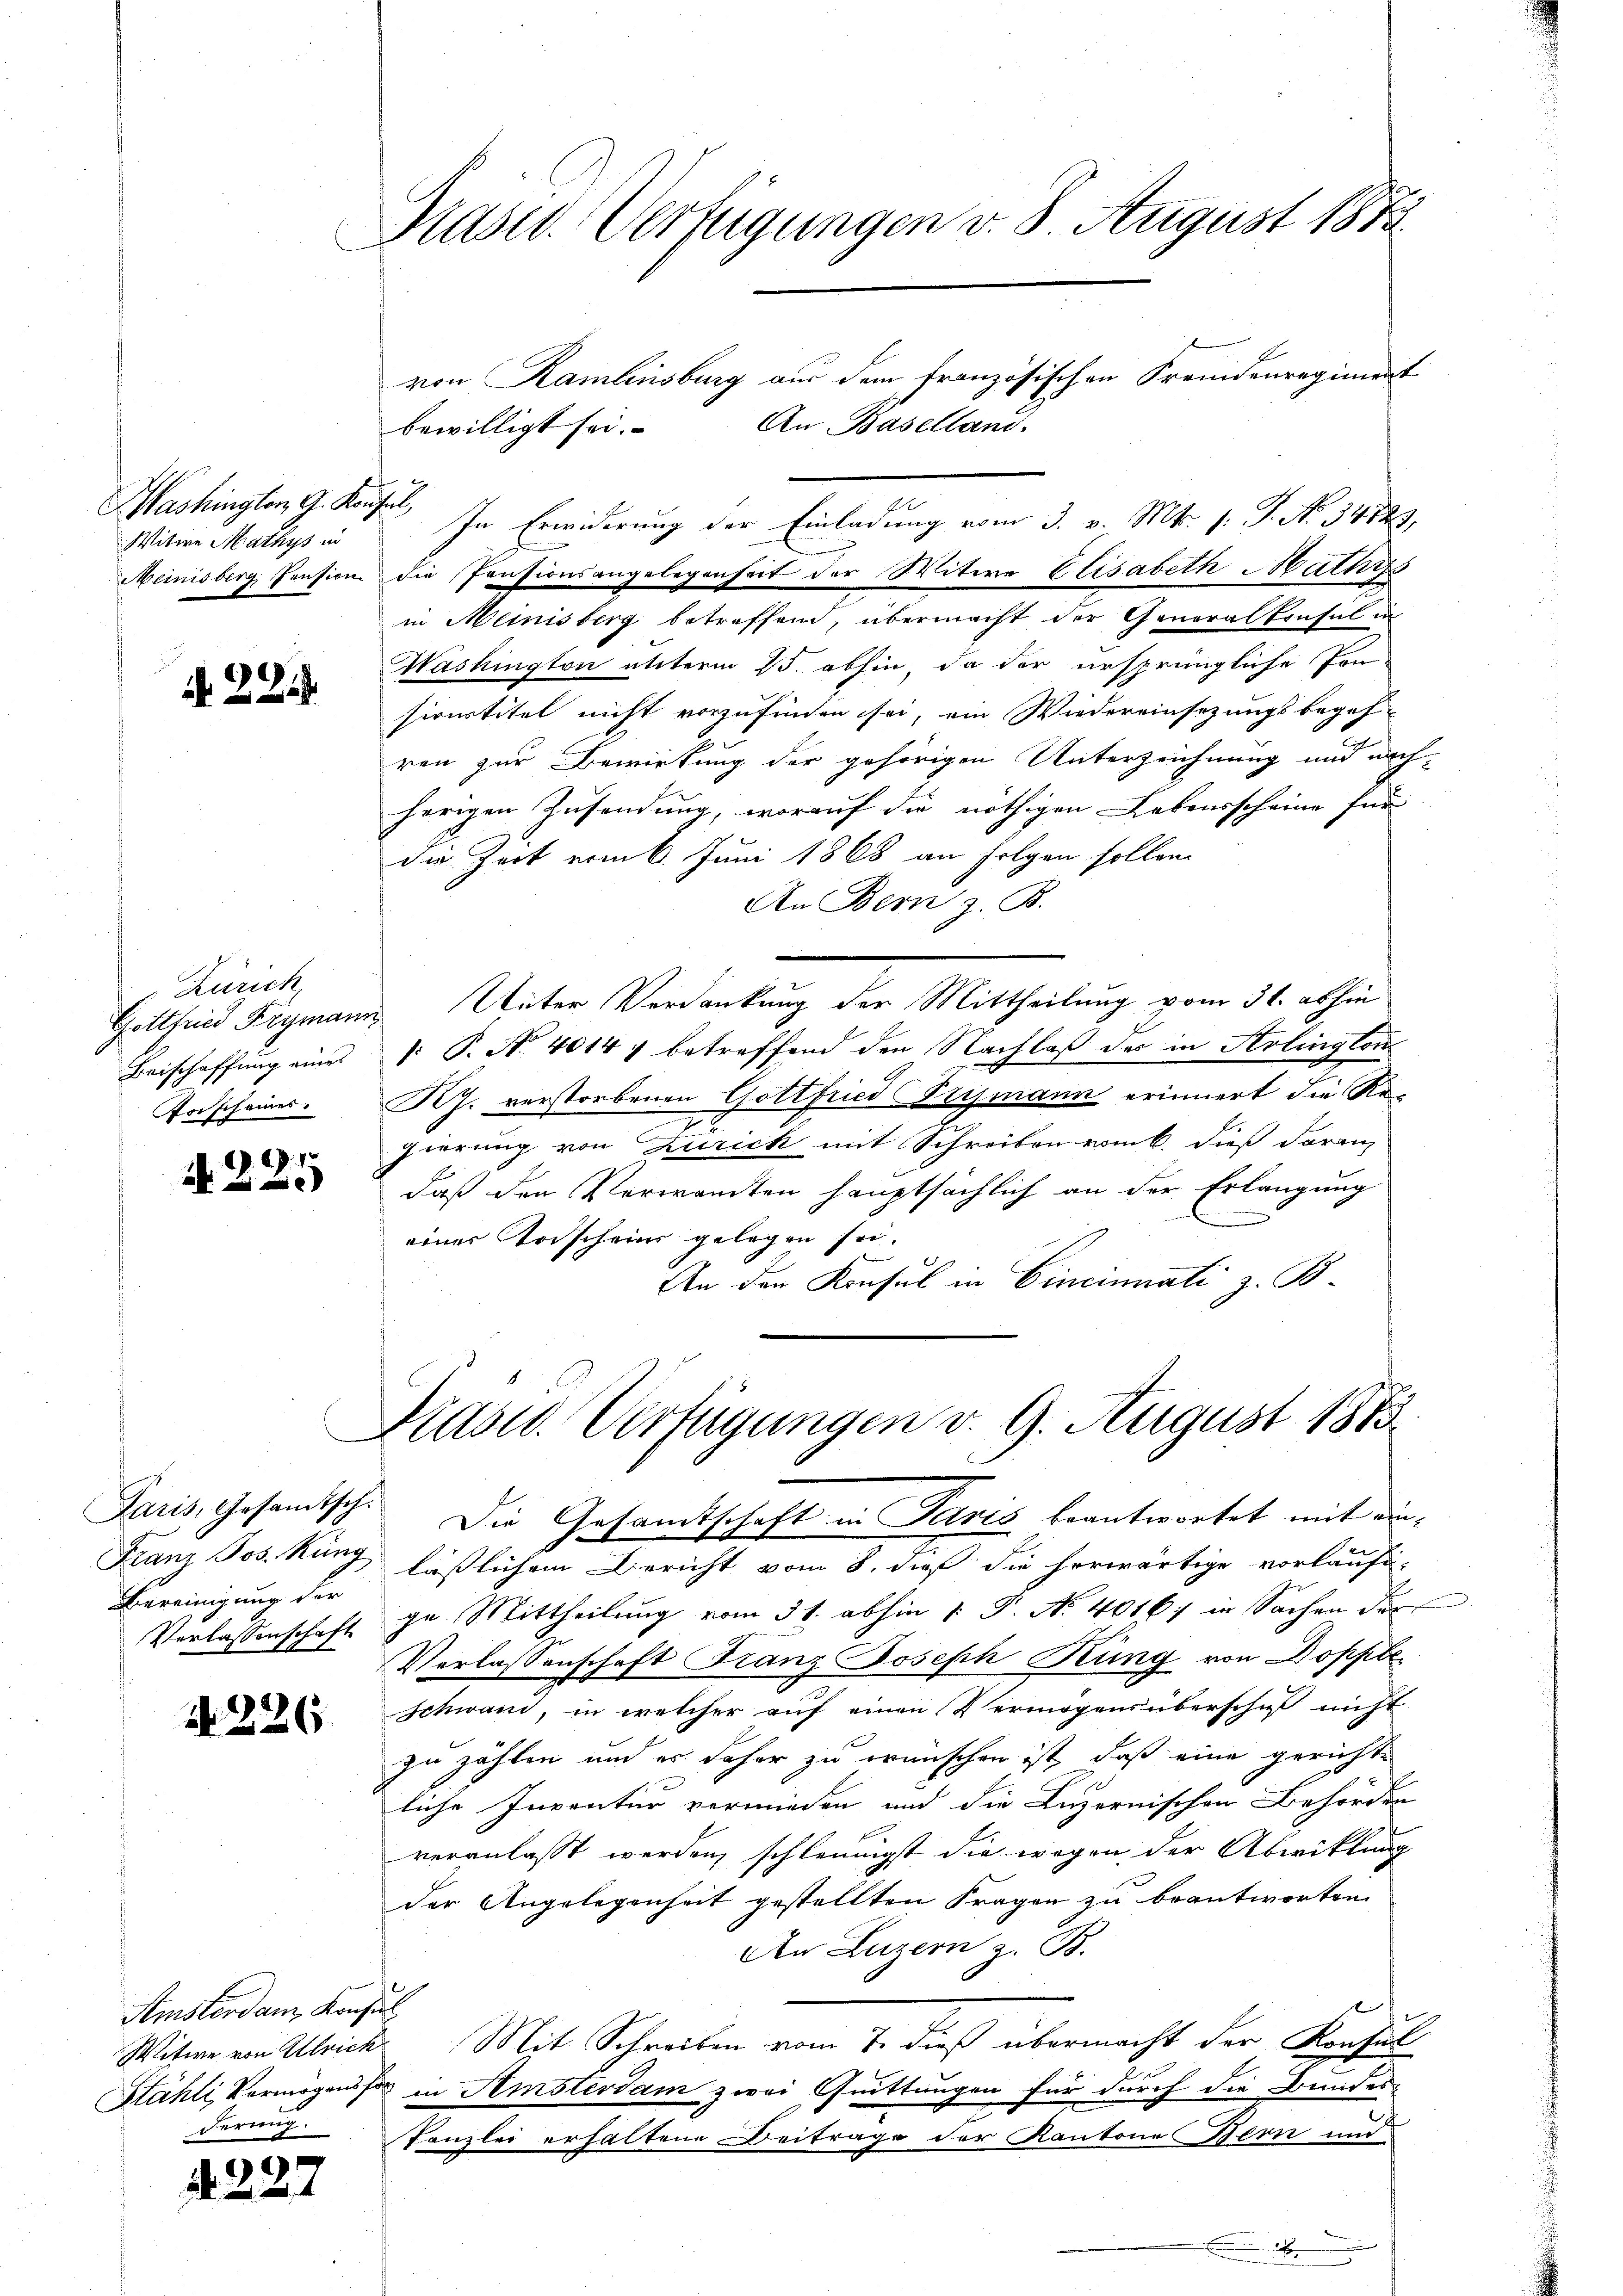
Washington G. Konsul,
Witwe Mathys in

N 221.

Zürich,
Beischaffung eines
Todscheines

d. d. d. 1
)

Bereinigung der

N 226.

Amsterdam, Konsul
Witwe von Ulrich
derung.

e

Präsid. Verfügungen v. 8. August 1873.

bewilligt sei.
In Erwiderung der Einladung vom 3. v. Mts. s. S. No 34729,
Meinisberg, Pension die Pensionsangelegenheit der Witwe Elisabeth Maturs
in Meinisberg betreffend, übermacht der General Consul in
Washington unterm 25. abhin, da der ursprüngliche Ton-
sionstitel nicht vorzufinden sei, ein Wiedereinsetzungsbegeh-
ren zur Bewirkung der gehörigen Unterzeichnung und nachherigen Zusendung, worauf die nöthigen Lebensscheine für
Die Zeit vom 6. Juni 1868 an Folgen sollen.
An Bern z. B.
Gottheid Frymann Unter Verdankung der Mittheilung vom 31. abhin
: P. No. 40147 betreffend den Nachlaß des in Arlington
KJ. verstorbenen Gottfried Prismann erinnert die Re-
x
gierung von Zürich mit Schreiben vom 6. dieß daran
daß der Verwandten hauptsächlich an der Erlangung
einer Vorscheins gelegen sei.
An den Konsul in Cincinati z. B.

Präsid. Verfügungen v. 9. August 1873.

Paris, Gesamtsch. Die Gesamtschaft in Paris beantwortet mit die¬
Franz Jos. Kurg läßlichem Bericht vom 8. dieß die herwärtige vorläufig-
Verlassenschaft ge Mittheilung vom 31. abhin 1. P. Nr. 4016, in Sachen der
Verlassenschaft Franz Joseph Rung von Doppleschwand, in welcher auf einen Vermögens überschaft nicht
zu zählen und es daher zu wünschen ist, daß eine gerichte
liche Inventur vormieden und die Luzernischen Behörden
veranlaßt werden, schleunigst die wegen der Abwicklung
der Angelegenheit gestellten Fragen zu beantworten.
An Luzern z. B.
Mit Schreiben vom 7. dieß übermacht der Konsul
Stähli, Vermögenssor in Amsterdam zwei Quittungen für durch die Bundes¬
Kanzlei erhaltene Beitrage der Kantone Bern und
x

von Kamlinsburg aus dem französischen Fremdenregiment
An Baselland.